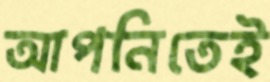
আপনিতেই